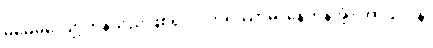
မမေ့မလျော့ကုန်သည်ဖြစ၍။ ဝိဟရိဿာမ၊ နေကုန်အံ့။ အာသဝါနံ၊